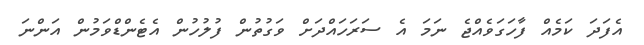
އެފަދަ ކަމެއް ފާހަގަވެއްޖެ ނަމަ އެ ސަރަހައްދަށް ވަގުތުން ފުލުހުން އެޓެންޑްވަމުން އަންނަ